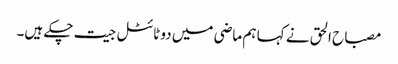
مصباح الحق نے کہا ہم ماضی میں دو ٹائٹل جیت چکے ہیں۔